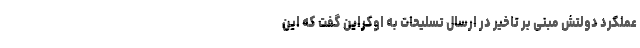
عملکرد دولتش مبنی بر تاخیر در ارسال تسلیحات به اوکراین گفت که این